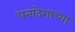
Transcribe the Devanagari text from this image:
धनादेशाच्या